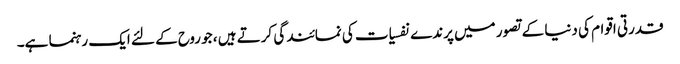
قدرتی اقوام کی دنیا کے تصور میں پرندے نفسیات کی نمائندگی کرتے ہیں ، جو روح کے لئے ایک رہنما ہے۔